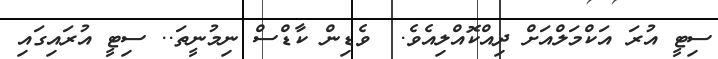
ސިޓީ އުރަ އަކްމަލްއަށް ދިއްކޮއްލިއެވެ.  ވެޑިން ކާޑްސް ނިމުނީތަ.. ސިޓީ އުރައިގައި